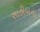
સાહીબના